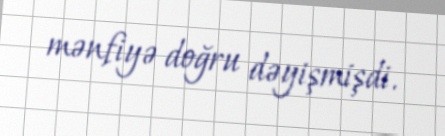
mənfiyə doğru dəyişmişdi.